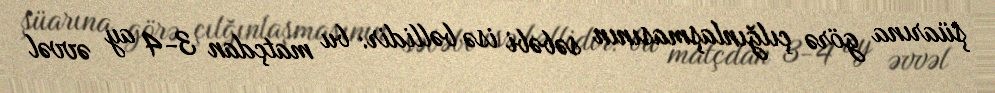
şüarına görə çılğınlaşmasının səbəbi isə bəllidir: bu matçdan 3-4 ay əvvəl